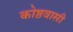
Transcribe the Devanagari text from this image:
कोष्ठवासी